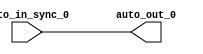
module IntSyncCrossingSink_2( // @[:freechips.rocketchip.system.TinyConfig.fir@115330.2]
  input   auto_in_sync_0, // @[:freechips.rocketchip.system.TinyConfig.fir@115333.4]
  output  auto_out_0 // @[:freechips.rocketchip.system.TinyConfig.fir@115333.4]
);
  assign auto_out_0 = auto_in_sync_0; // @[LazyModule.scala 173:49:freechips.rocketchip.system.TinyConfig.fir@115342.4]
endmodule